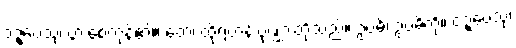
ဝဍ္ဎေသုံ၊ ပွားစေကုန်၏။ တေ၊ ထိုရဟန်းပုဏ္ဏားတို့သည်။ ဥပဓိံ၊ ဥပဓိကို။ ဝဍ္ဎေသုံ၊